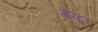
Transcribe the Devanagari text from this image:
गेरट्रुड